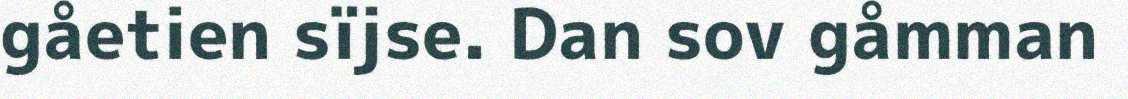
gåetien sïjse. Dan sov gåmman